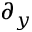
\partial _ { y }